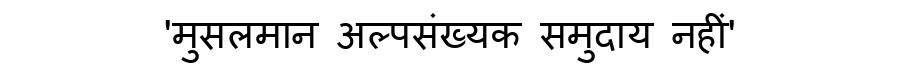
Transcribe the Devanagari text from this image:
'मुसलमान अल्पसंख्यक समुदाय नहीं'